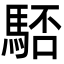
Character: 𩣚